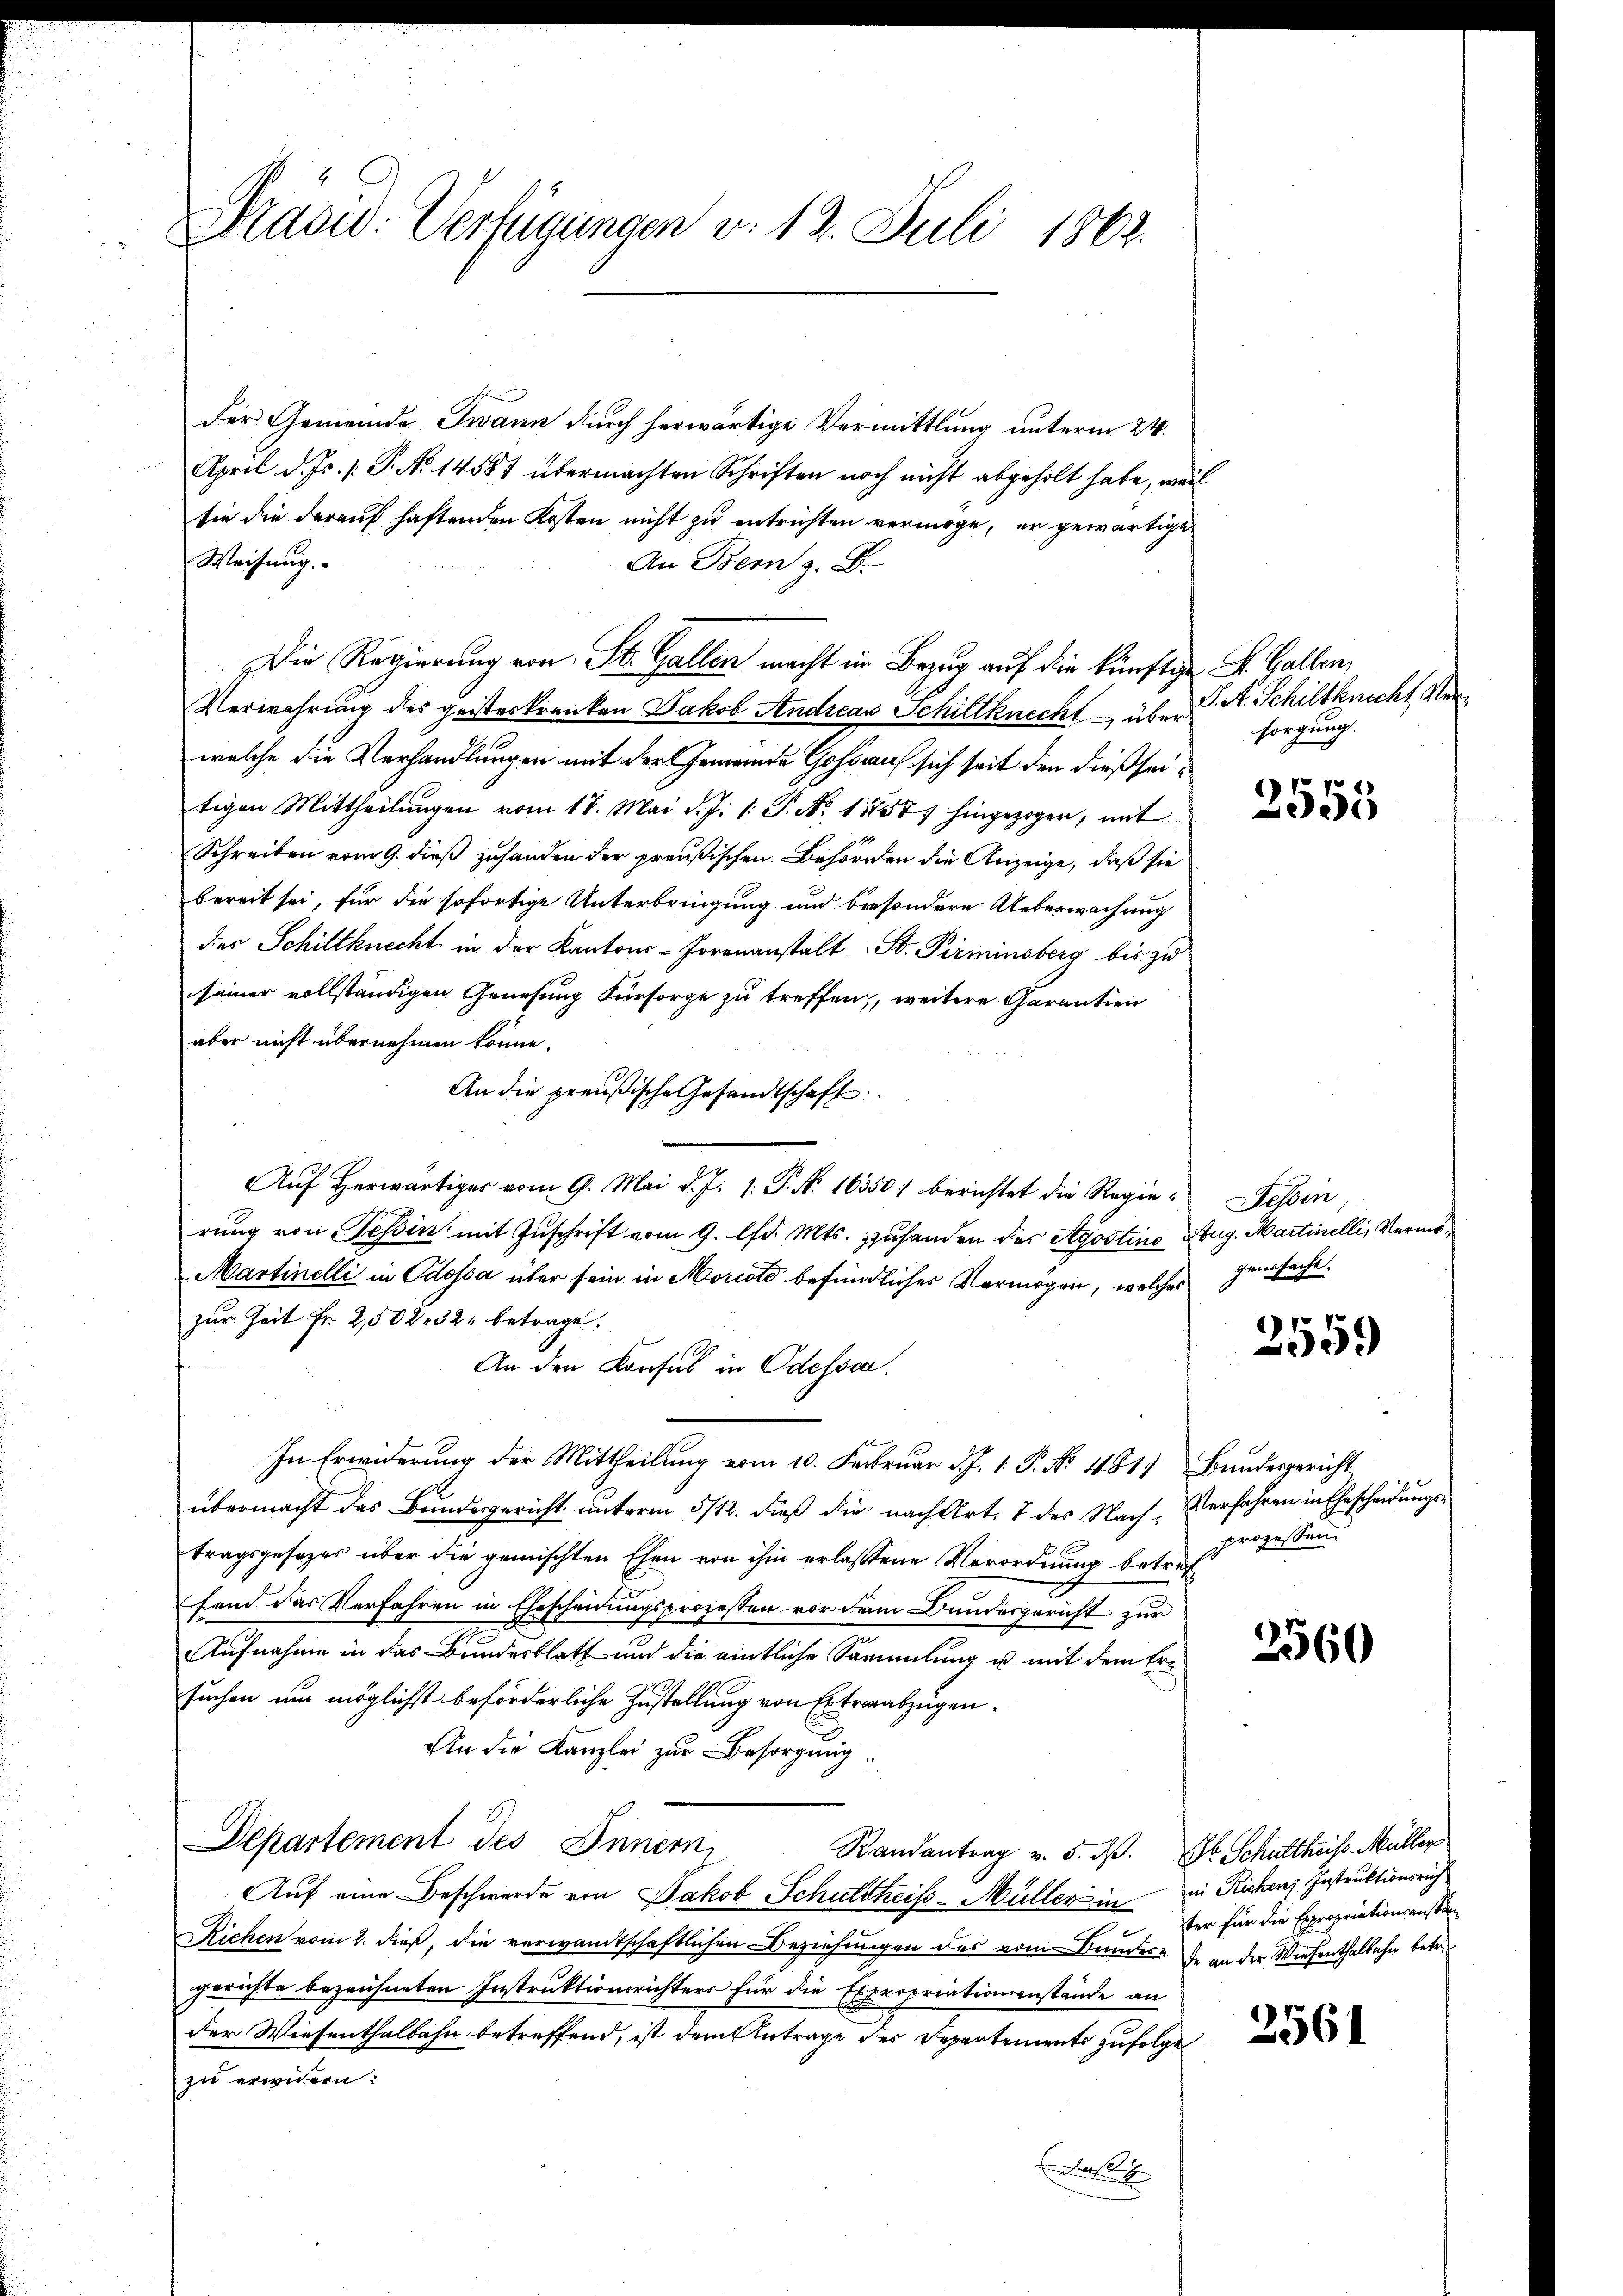
Prasw. Verfügungen v. 12. Juli 1862.

der Gemeinde Zwann durch herwärtige Vermittlung unterm 24.
April d. Js. s. P. No 14587 übermachten Schriften noch nicht abgeholt habe, weil
sie die darauf haftenden Kosten nicht zu entrichten vermöge, er gewärtige
Weisung.
An Bern z. B.
Die Regierung von St. Gallen macht in Bezug auf die künftige St. Gallen,
Verwahrung des geisteskranken Jakob Andreas Schiltknecht über
welche die Verhandlungen mit der Gemeinde Gossau sich seit den dießseitigen Mittheilungen vom 18. Mai d. J. 1. P. N. 11757) hingezogen, mit
Schreiben vom 9. dieß zuhanden der preußischen Behörden die Anzeige, daß sie
bereit sei, für die sofortige Unterbringung und besondere Ueberwachung
des Schiltknecht in der Kantons-Irrenanstalt St. Pirminsberg bis zu
seiner vollständigen Genesung Fürsorge zu treffen, weitere Garantien
aber nicht übernehmen könne.
An die preußische Gesandtschaft
Auf herwärtiger vom 9. Mai d. J. 1. P. Nr. 16350) berichtet die Regie¬ Tessin,
rung von Tessin mit Zuschrift vom 9. lfd. Mts. zuhanden des Hyostins Aug. Martinelli, Vermö¬
Martinelli in Odossa über sein in Morcoto befindliches Vermögen, welches
zur Zeit Fr. 2, 502. 32 betrage.
An den Konsul in Odesser.
In Erwiderung der Mittheilung vom 10. Februar d. J. 1. P. No 481. Bundesgericht
übermacht das Bundesgericht unterm 5/12. dieß die nach Art. 7 des Nach-Verfahren in Ehescheidungstragsgesezes über die gemischten Ehen von ihm erlassene Verordnung betref
fend das Verfahren in Ehescheidungsprozessen vor dem Bundesgericht zur
.
Aufnahme in das Bundesblatt und die amtliche Sammlung u mit dem Ersuchen und möglichst beförderliche Zustellung von Extraabzügen.
An die Kanzlei zur Besorgung
Departement des Innern,
Randantrag v. 5. d. Dr Schuttheiss. Müller
Auf eine Beschwerde von Jakob Schultheiss-Müller in in Richen Instruktionsrich
Richen vom 2. dieß, die verwandtschaftlichen Beziehungen des vom Bundere de an der Wiesenthalbahn betr.
gerichte bezeichneten Instruktionsrichters für die Expropriationsanstände an
der Wiesenthalbahn betreffend, ist dem Antrage des Departements zufolge
zu erwidern.
nach

S. A. Schiltknecht Mer
sorgung.

3555

genssacht.

2559

prozessen.

2560

ter für die Expropriationsanstan

2561